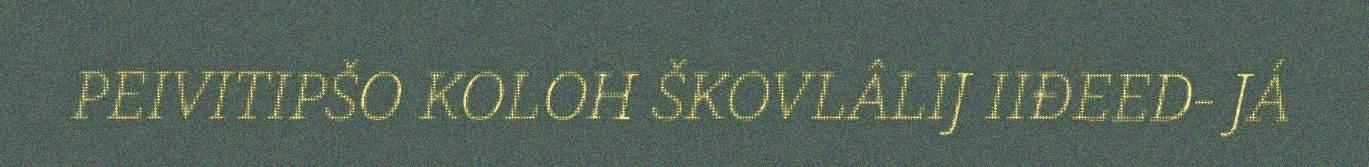
PEIVITIPŠO KOLOH ŠKOVLÂLIJ IIĐEED- JÁ